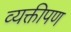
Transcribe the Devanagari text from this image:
व्यक्तीपण